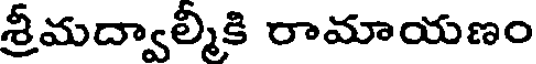
శ్రీమద్వాల్మీకి రామాయణం